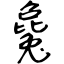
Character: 毚